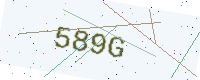
Text: 589G